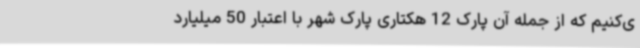
ی‌کنیم که از جمله آن پارک 12 هکتاری پارک شهر با اعتبار 50 میلیارد